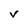
Character: V